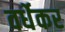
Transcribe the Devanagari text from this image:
वर्धेकर